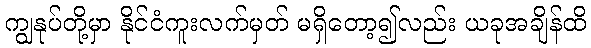
ကျွနုပ်တို့မှာ နိုင်ငံကူးလက်မှတ် မရှိတော့၍လည်း ယခုအချိန်ထိ